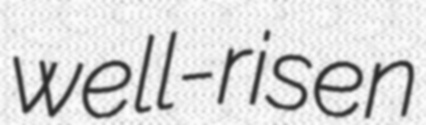
well-risen